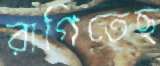
রাগিতেছ